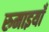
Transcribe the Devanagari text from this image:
रुमाइयाँ